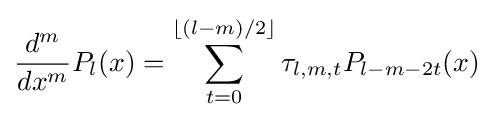
{\frac {d^{m}}{dx^{m}}}P_{l}(x)=\sum _{t=0}^{\lfloor (l-m)/2\rfloor }\tau _{l,m,t}P_{l-m-2t}(x)